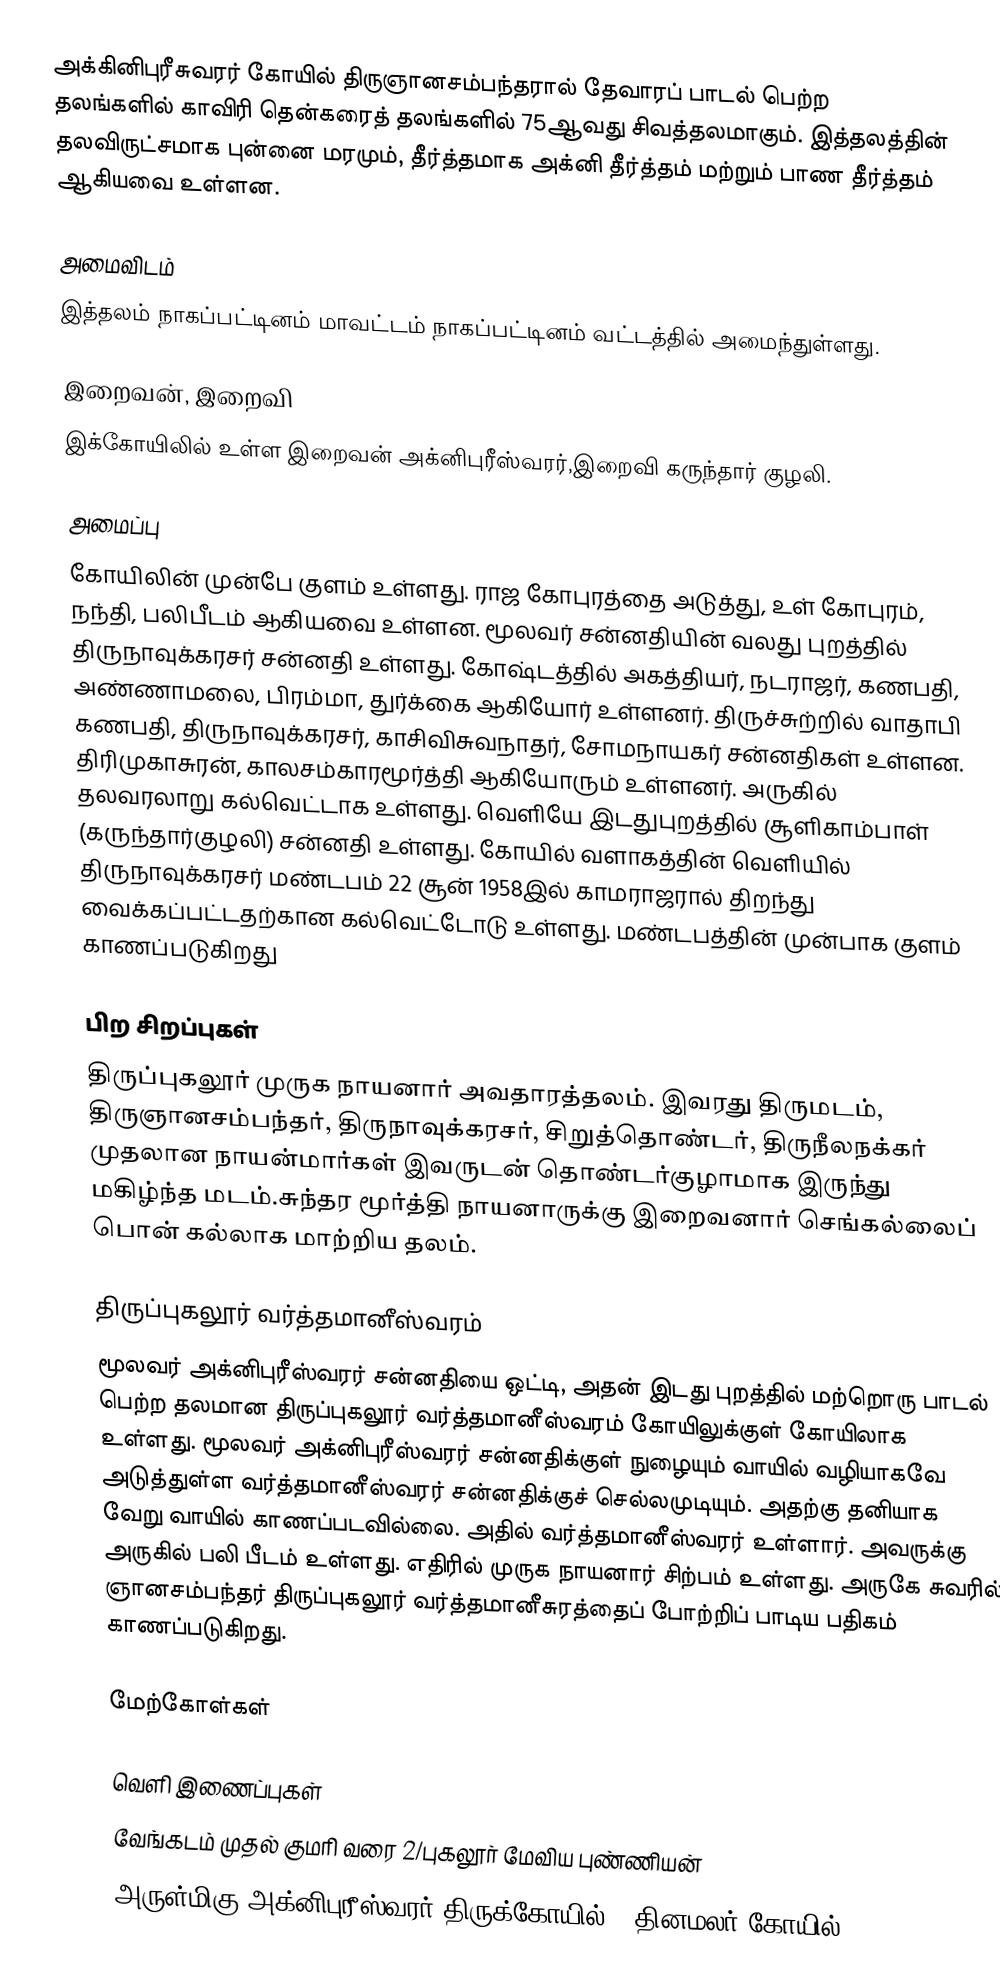
அக்கினிபுரீசுவரர் கோயில் திருஞானசம்பந்தரால் தேவாரப் பாடல் பெற்ற தலங்களில்   காவிரி தென்கரைத் தலங்களில் 75ஆவது சிவத்தலமாகும். இத்தலத்தின் தலவிருட்சமாக புன்னை மரமும், தீர்த்தமாக அக்னி தீர்த்தம் மற்றும் பாண தீர்த்தம் ஆகியவை உள்ளன.

அமைவிடம்
இத்தலம் நாகப்பட்டினம் மாவட்டம்  நாகப்பட்டினம் வட்டத்தில் அமைந்துள்ளது.

இறைவன், இறைவி
இக்கோயிலில் உள்ள இறைவன் அக்னிபுரீஸ்வரர்,இறைவி கருந்தார் குழலி.

அமைப்பு
கோயிலின் முன்பே குளம் உள்ளது. ராஜ கோபுரத்தை அடுத்து, உள் கோபுரம், நந்தி, பலிபீடம் ஆகியவை உள்ளன. மூலவர் சன்னதியின் வலது புறத்தில் திருநாவுக்கரசர் சன்னதி உள்ளது. கோஷ்டத்தில் அகத்தியர், நடராஜர், கணபதி, அண்ணாமலை, பிரம்மா, துர்க்கை ஆகியோர் உள்ளனர். திருச்சுற்றில் வாதாபி கணபதி, திருநாவுக்கரசர், காசிவிசுவநாதர், சோமநாயகர் சன்னதிகள் உள்ளன. திரிமுகாசுரன், காலசம்காரமூர்த்தி ஆகியோரும் உள்ளனர். அருகில் தலவரலாறு கல்வெட்டாக உள்ளது. வெளியே இடதுபுறத்தில் சூளிகாம்பாள் (கருந்தார்குழலி) சன்னதி உள்ளது. கோயில் வளாகத்தின் வெளியில் திருநாவுக்கரசர் மண்டபம் 22 சூன் 1958இல் காமராஜரால் திறந்து வைக்கப்பட்டதற்கான கல்வெட்டோடு உள்ளது. மண்டபத்தின் முன்பாக குளம் காணப்படுகிறது

பிற சிறப்புகள்
திருப்புகலூர் முருக நாயனார் அவதாரத்தலம். இவரது திருமடம், திருஞானசம்பந்தர், திருநாவுக்கரசர், சிறுத்தொண்டர், திருநீலநக்கர் முதலான நாயன்மார்கள் இவருடன் தொண்டர்குழாமாக இருந்து மகிழ்ந்த மடம்.சுந்தர மூர்த்தி நாயனாருக்கு இறைவனார் செங்கல்லைப் பொன் கல்லாக மாற்றிய தலம்.

திருப்புகலூர் வர்த்தமானீஸ்வரம்
மூலவர் அக்னிபுரீஸ்வரர் சன்னதியை ஒட்டி, அதன் இடது புறத்தில் மற்றொரு பாடல் பெற்ற தலமான திருப்புகலூர் வர்த்தமானீஸ்வரம்  கோயிலுக்குள் கோயிலாக உள்ளது. மூலவர் அக்னிபுரீஸ்வரர் சன்னதிக்குள் நுழையும் வாயில் வழியாகவே அடுத்துள்ள வர்த்தமானீஸ்வரர் சன்னதிக்குச் செல்லமுடியும். அதற்கு தனியாக வேறு வாயில் காணப்படவில்லை. அதில் வர்த்தமானீஸ்வரர் உள்ளார். அவருக்கு அருகில் பலி பீடம் உள்ளது. எதிரில் முருக நாயனார் சிற்பம் உள்ளது. அருகே சுவரில் ஞானசம்பந்தர் திருப்புகலூர் வர்த்தமானீசுரத்தைப் போற்றிப் பாடிய பதிகம் காணப்படுகிறது.

மேற்கோள்கள்

வெளி இணைப்புகள்
வேங்கடம் முதல் குமரி வரை 2/புகலூர் மேவிய புண்ணியன்
 அருள்மிகு அக்னிபுரீஸ்வரர் திருக்கோயில் - தினமலர் கோயில்